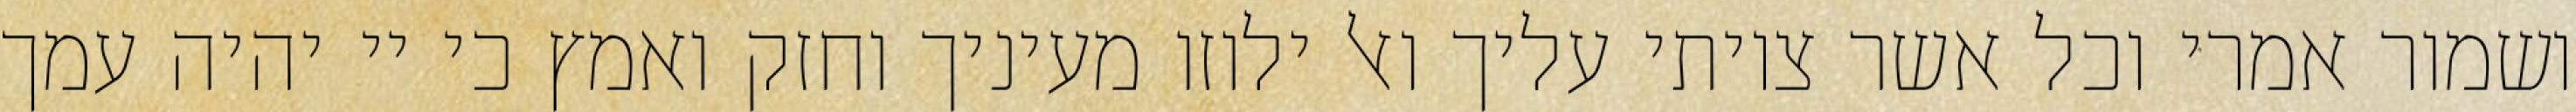
ושמור אמרי וכל אשר צויתי עליך ואל ילוזו מעיניך וחזק ואמץ כי יי יהיה עמך